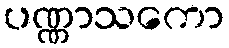
ပဏ္ဏာသကော